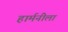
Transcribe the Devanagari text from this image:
हार्मनीला